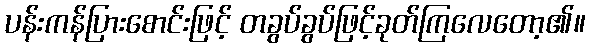
ပန်းကန်ပြားစောင်းဖြင့် တခွပ်ခွပ်ဖြင့်ခုတ်ကြလေတော့၏။